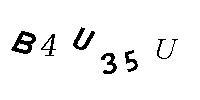
B4U35U